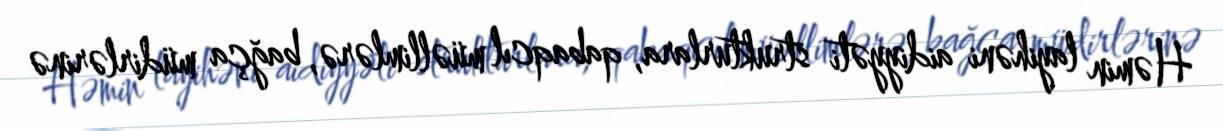
Həmin layihəni aidiyyəti strukturlara, qabaqcıl müəllimlərə, bağça müdirlərinə